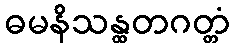
ဓမနိသန္ထတဂတ္တံ